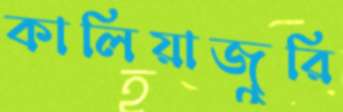
কালিয়াজুরি